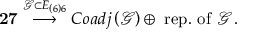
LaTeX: { \bf 2 7 } \stackrel { \mathcal { G } \subset E _ { \left( 6 \right) 6 } } { \longrightarrow } C o a d j \left( \mathcal { G } \right) \oplus \mathrm { ~ r e p . ~ o f ~ } \mathcal { G } \, .